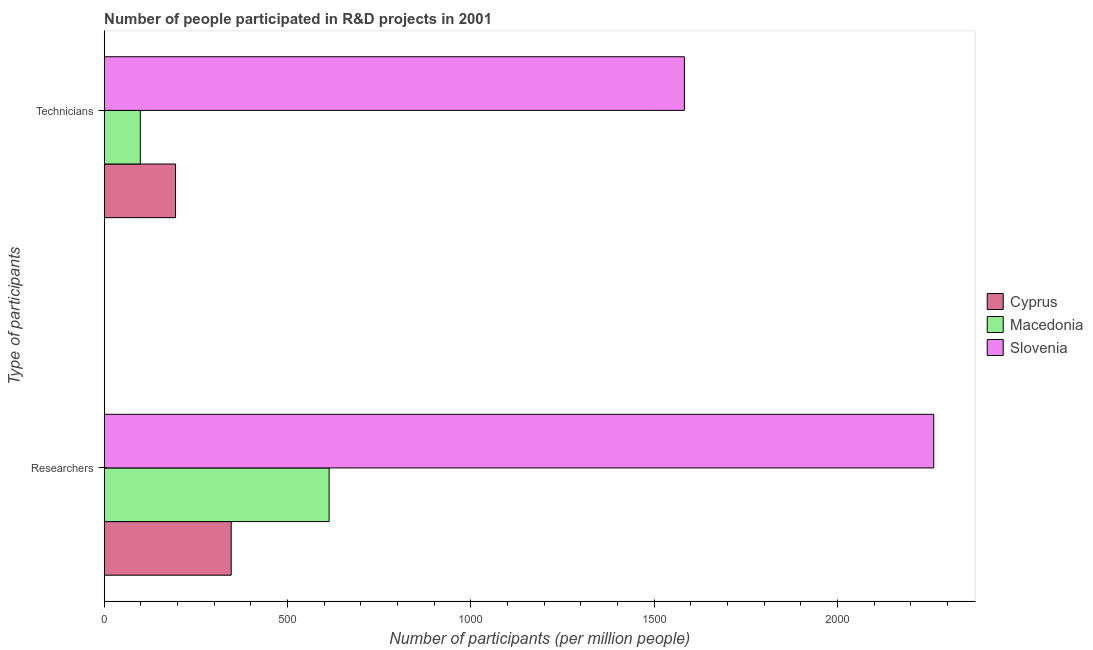
| Type of participants | Cyprus | Macedonia | Slovenia |
 | --- | --- | --- | --- |
 | Researchers | 346 | 613 | 2.26e+03 |
 | Technicians | 194 | 98.4 | 1.58e+03 |